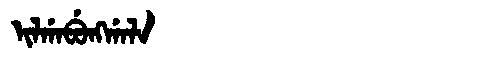
Manchu: ᡳᠯᡤᠠᠪᡠᠩᡤᠠᠯᠠ
Romanization: ILGABUNGGALA